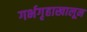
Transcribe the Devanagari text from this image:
गर्भगृहाखालून